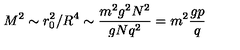
M ^ { 2 } \sim r _ { 0 } ^ { 2 } / R ^ { 4 } \sim \frac { m ^ { 2 } g ^ { 2 } N ^ { 2 } } { g N q ^ { 2 } } = m ^ { 2 } \frac { g p } { q }